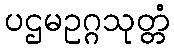
ပဌမဥဂ္ဂသုတ္တံ